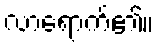
လာရောက်၏။